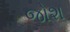
જોશ